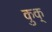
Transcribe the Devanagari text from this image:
कुक्